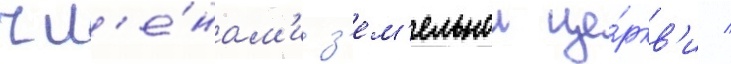
чл'е́нам'и з'ем'ельнои це́ркв'и /